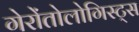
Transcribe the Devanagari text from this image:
गेरोंतोलोगिस्ट्स